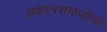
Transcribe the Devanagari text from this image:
अवतारसमाप्तीची